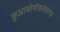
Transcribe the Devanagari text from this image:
कुआव्तेमोकनंतरचा